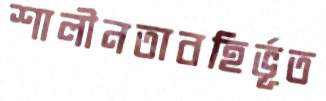
শালীনতাবহির্ভূত